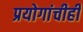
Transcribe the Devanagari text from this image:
प्रयोगांचीही